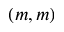
( m , m )